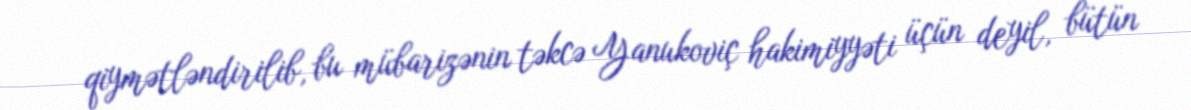
qiymətləndirilib, bu mübarizənin təkcə Yanukoviç hakimiyyəti üçün deyil, bütün